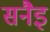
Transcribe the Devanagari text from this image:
सनैइ